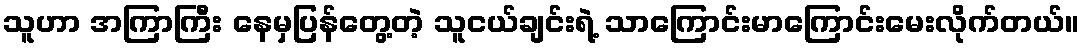
သူဟာ အကြာကြီး နေမှပြန်တွေ့တဲ့ သူငယ်ချင်းရဲ့ သာကြောင်းမာကြောင်းမေးလိုက်တယ်။